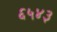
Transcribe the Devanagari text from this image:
६५४३